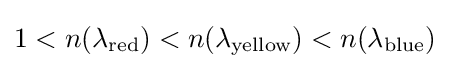
1<n(\lambda _{\text{red}})<n(\lambda _{\text{yellow}})<n(\lambda _{\text{blue}})